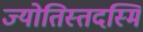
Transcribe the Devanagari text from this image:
ज्योतिस्तदस्मि